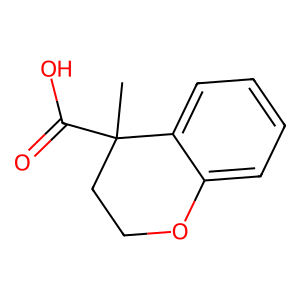
SMILES: CC1(C(=O)O)CCOc2ccccc21
Inhibits HIV replication: No